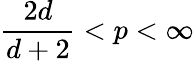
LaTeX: \frac{2d}{d+2}<p<\infty